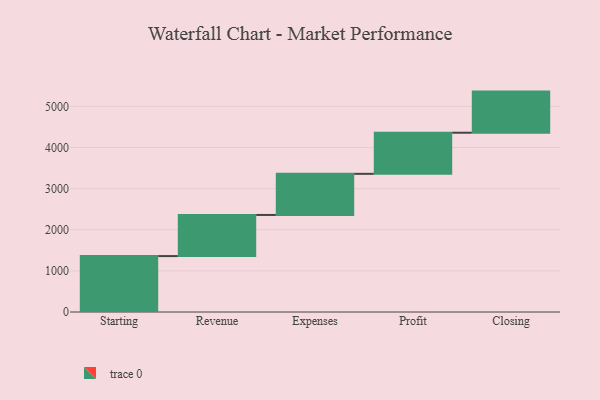
{"axis": {"x": "Step", "y": "Value"}, "legend": [""], "data": [{"x": "Starting", "y": 1360.0, "type": ""}, {"x": "Revenue", "y": 1000, "type": ""}, {"x": "Expenses", "y": 1000, "type": ""}, {"x": "Profit", "y": 1000, "type": ""}, {"x": "Closing", "y": 1000, "type": ""}]}